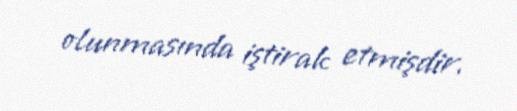
olunmasında iştirak etmişdir.